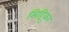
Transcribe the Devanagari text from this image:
सिद्दिकुर